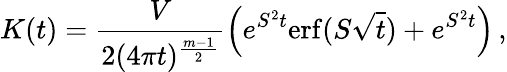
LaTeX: K(t)=\frac{V}{2(4\pi t)^{\frac{m-1}2}}\left(e^{S^{2}t}\mathrm{erf}(S\sqrt t)+e^{S^{2}t}\right)\, ,